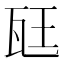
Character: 𪼷